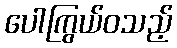
ပေါကြွယ်ဝသည့်